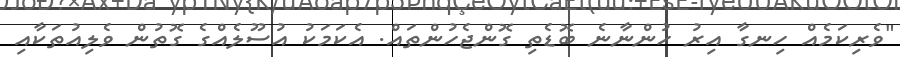
"ވެރިކަމެއް ހިނގާ އިރު ހުންނާނެ ބޮޑެތި ގޮންޖެހުންތައް. އެކަމަކު އުސޫލެއްގެ ގޮތުން ވެލިއުތަކާއި